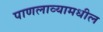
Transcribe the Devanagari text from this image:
पाणलाव्यामधील